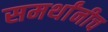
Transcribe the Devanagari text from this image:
समर्थांनीच